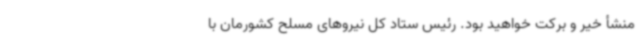
منشأ خیر و برکت خواهید بود. رئیس ستاد کل نیروهای مسلح کشورمان با